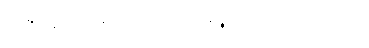
ဇော်ခင်မော်တို့က ဝင်၍ ပြောကြသည်။